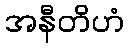
အနီတိဟံ